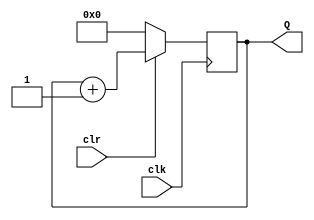
module Counter4 (
	output reg [3:0] Q,
	input wire clk,
	input wire clr
);

always @(posedge clk)
begin
	if (!clr) Q = 4'b0000;  // if clear == 0 or Q == 4'b1111
	else Q = Q + 1'b1;
end

endmodule